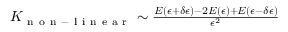
\begin{array} { r } { K _ { \mathrm { ~ n ~ o ~ n ~ - ~ l ~ i ~ n ~ e ~ a ~ r ~ } } \sim \frac { E ( \epsilon + \delta \epsilon ) - 2 E ( \epsilon ) + E ( \epsilon - \delta \epsilon ) } { \epsilon ^ { 2 } } } \end{array}